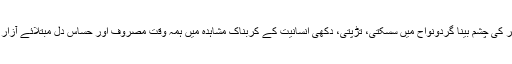
شاعر کی چشم بینا گردونواح میں سسکتی، تڑپتی، دکھی انسانیت کے کربناک مشاہدہ میں ہمہ وقت مصروف اور حساس دل مبتلائے آزار ہے۔